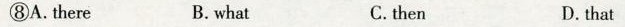
⑧A.there B.what C. then D.that